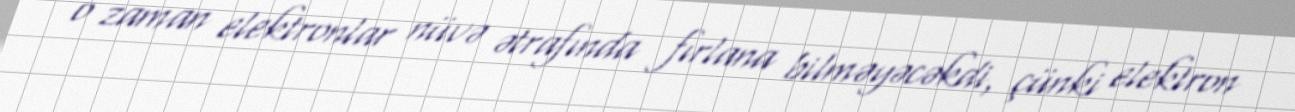
o zaman elektronlar nüvə ətrafında fırlana bilməyəcəkdi, çünki elektron